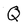
Character: Q